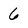
Character: 6